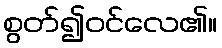
စွတ်၍ဝင်လေ၏။